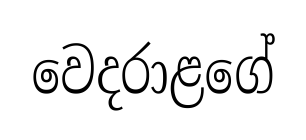
වෙදරාළගේ